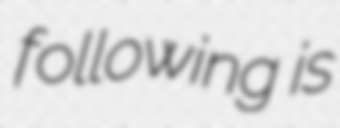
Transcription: following is